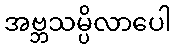
အဗ္ဘသမ္ပိလာပေါ